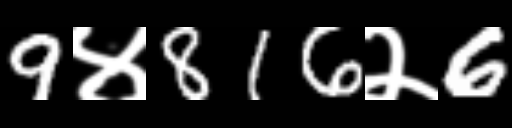
Text: 9४816२6